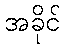
အခိုင်